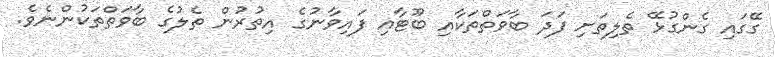
ގޭގައި ގެންގުޅޭ ތެލިތަށި ފަދަ ބާވަތްތަކާއި ބޫޓާއި ފައިވާނުގެ އިތުރުން ތެލުގެ ބާވަތްތަކުންނެވެ.